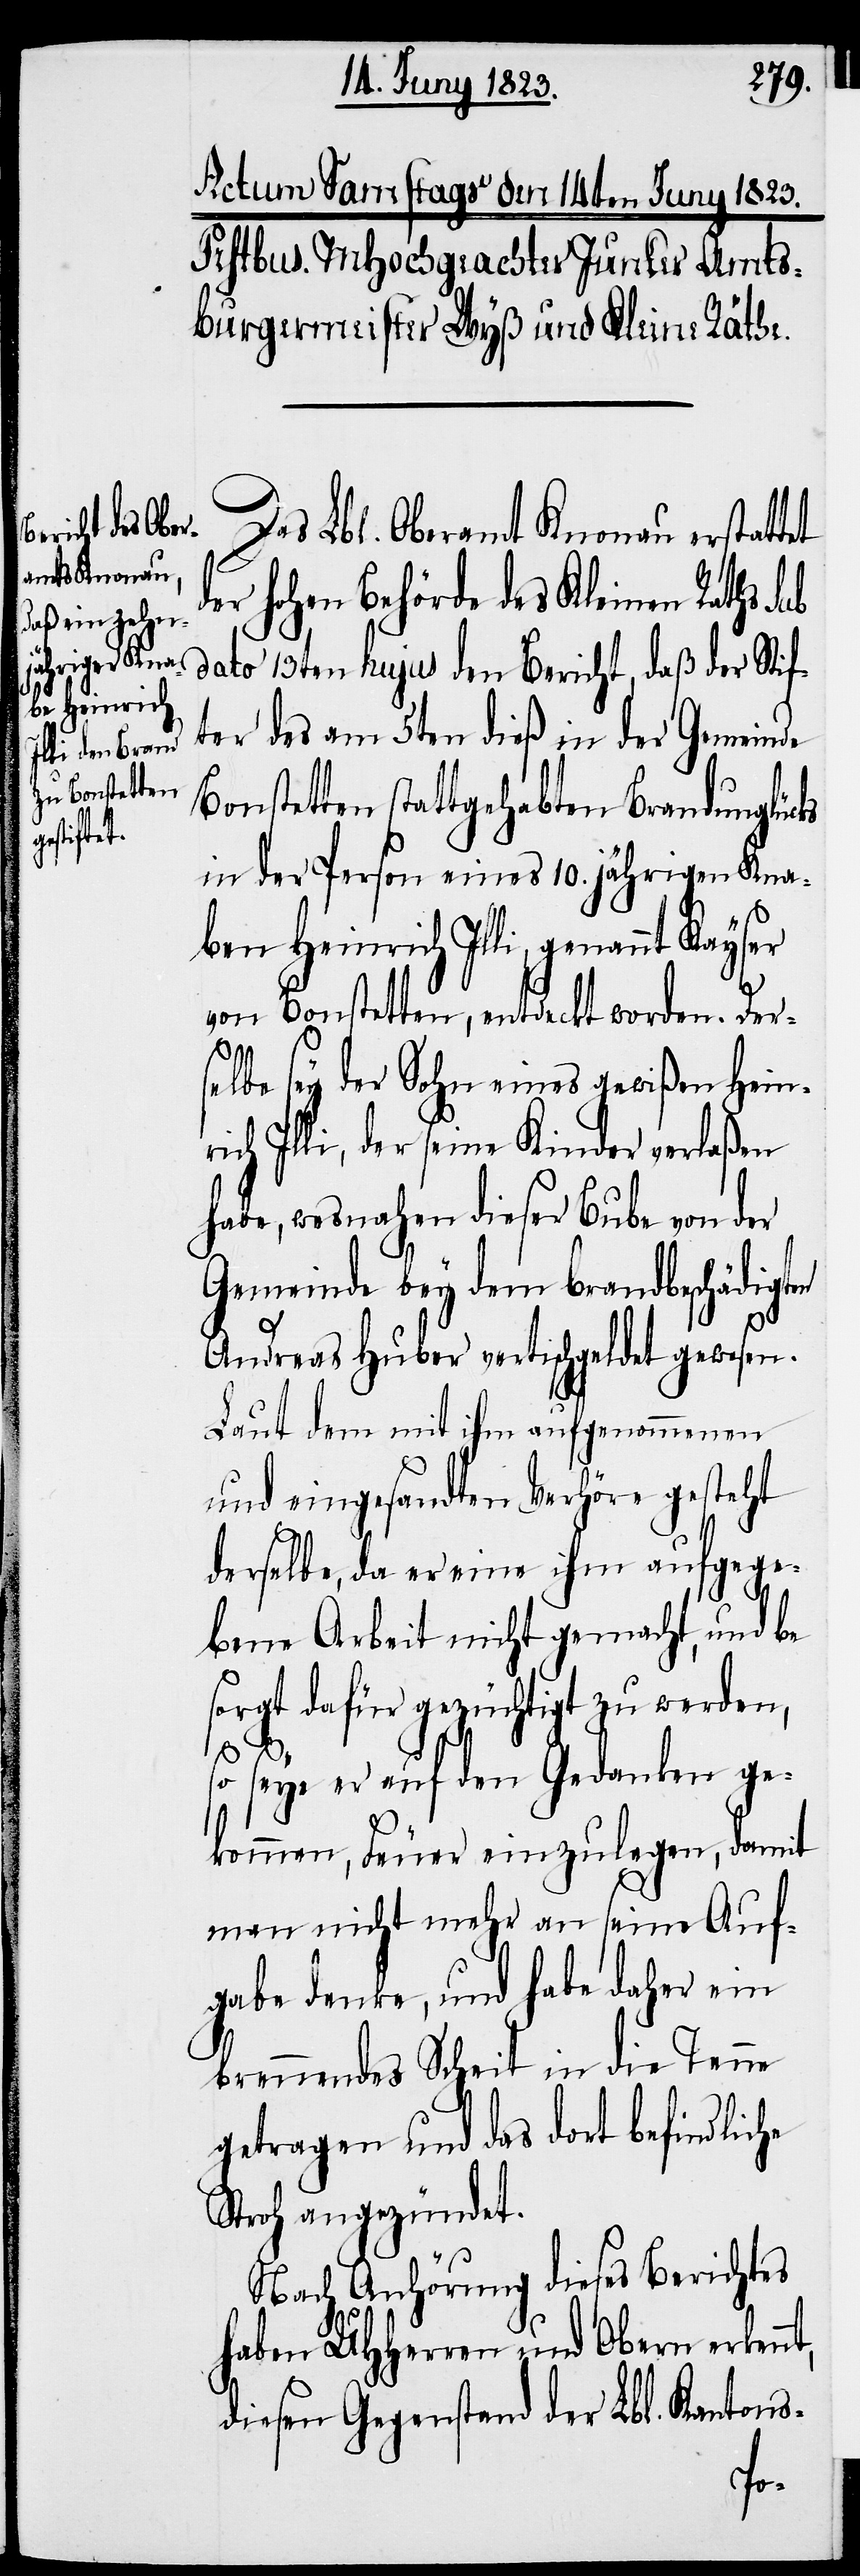
ben Heinrich
genannt

Das Lbl. Oberamt Knonau erstattet
r hohen Behörde des Kleinen Raths sub
dato 13ten hujus den Bericht, daß der Stif¬
ter des am 5ten dieß in der Gemeinde
Bonstetten stattgehabten Brandunglücks
in der Person eines 10. jährigen Kna¬
von Bonstetten, entdeckt worden. Der¬
selbe sey der Sohn eines gewißen Hein¬
rich Illi, der seine Kinder verlaßen
habe, wesnahen dieser Bube von der
Gemeinde bey dem brandbeschädigten
Andreas Huber vertischgeldet gewesen.
Laut dem mit ihm aufgenommenen
und eingesandten Verhöre gesteht
derselbe, da er eine ihm aufgege¬
bene Arbeit nicht gemacht, und be¬
sorgt dafür gezüchtigt zu werden,
so seye er auf den Gedanken ge¬
kommen, Feuer einzulegen, damit
man nicht mehr an seine Auf¬
gabe denke, und habe daher ein
brennendes Scheit in die Tenne
getragen und das dort befindliche
Stroh angezündet.
Nach Anhörung dieses Berichtes
haben UHHerren und Obern erken¬
diesen Gegenstand der Lbl. Kantons-
nt,